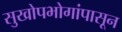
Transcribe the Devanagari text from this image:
सुखोपभोगांपासून